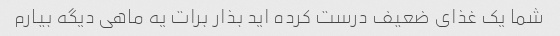
شما یک غذای ضعیف درست کرده اید بذار برات یه ماهی دیگه بیارم